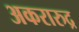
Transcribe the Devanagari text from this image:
अकरारुद्र